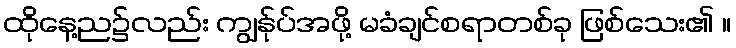
ထိုနေ့ည၌လည်း ကျွန်ုပ်အဖို့ မခံချင်စရာတစ်ခု ဖြစ်သေး၏ ။